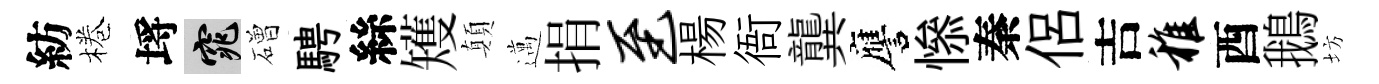
紡棬埓窕磳騁絲矱顛邁捐至楊衙龔譍𢡖秦侣吉稚酉鵝坊